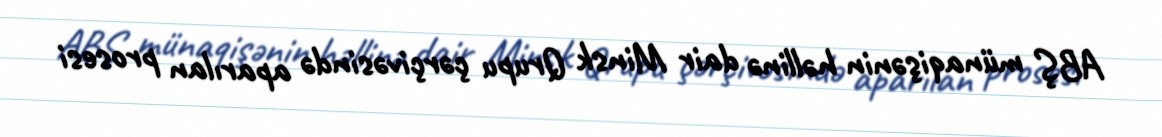
ABŞ münaqişənin həllinə dair Minsk Qrupu çərçivəsində aparılan prosesi